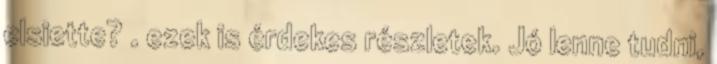
elsiette? . ezek is érdekes részletek. Jó lenne tudni,